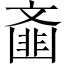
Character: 齑